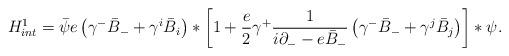
LaTeX: \begin{align*}{H}_{int}^{1} = \bar{\psi} e \left(\gamma^{-} \bar{B}_{-} +\gamma^{i} \bar{B}_{i}\right) \ast \left[1 + \frac{e}{2} \gamma^{+} \frac{1}{i\partial_{-} - e \bar{B}_{-}} \left( \gamma^{-} \bar{B}_{-} + \gamma^{j}\bar{B}_{j}\right)\right]\ast \psi. \end{align*}